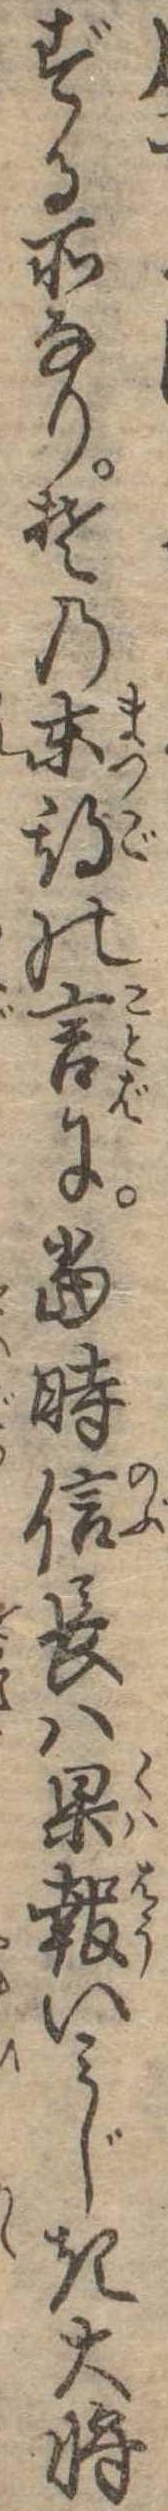
ずる所なりその末期の言に当時信長は果報いみじき大将